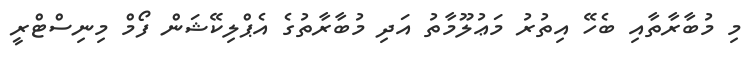
މި މުބާރާތާއި ބެހޭ އިތުރު މަޢުލޫމާތު އަދި މުބާރާތުގެ އެޕްލިކޭޝަން ފޯމް މިނިސްޓްރީ